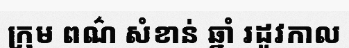
ក្រុម ពណ៌ សំខាន់ ឆ្នាំ រដូវកាល